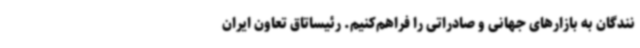
نندگان به بازارهای جهانی و صادراتی را فراهم‌کنیم. رئیساتاق تعاون ایران